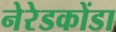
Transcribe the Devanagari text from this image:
नेरेडकोंडा